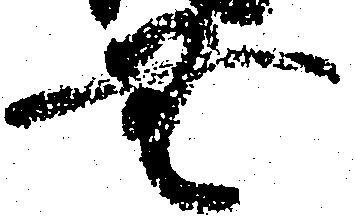
無